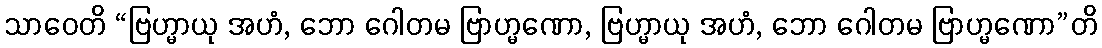
သာဝေတိ “ဗြဟ္မာယု အဟံ, ဘော ဂေါတမ ဗြာဟ္မဏော, ဗြဟ္မာယု အဟံ, ဘော ဂေါတမ ဗြာဟ္မဏော”တိ